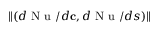
\| ( d \mathrm { ~ N ~ u ~ } / d \mathbf { c } , d \mathrm { ~ N ~ u ~ } / d s ) \|